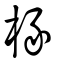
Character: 椽